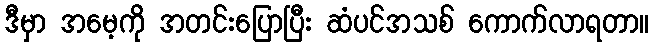
ဒီမှာ အမေ့ကို အတင်းပြောပြီး ဆံပင်အသစ် ကောက်လာရတာ။